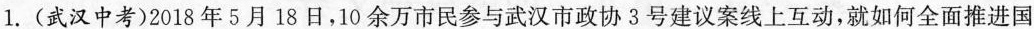
1.(武汉中考)2018年5月18日，10余万市民参与武汉市政协3号建议案线上互动，就如何全面推进国